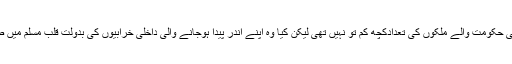
اور ستر سال قبل بھی دنیا میں مسلمانوں اور ان کی حکومت والے ملکوں کی تعدادکچھ کم تو نہیں تھی لیکن کیا وہ اپنے اندر پیدا ہوجانے والی داخلی خرابیوں کی بدولت قلب مسلم میں صہیونی خنجر کو پیوست ہونے سے روک سکے؟